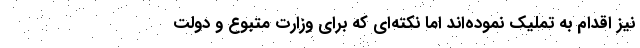
نیز اقدام به تملیک نموده‌اند اما نکته‌ای که برای وزارت متبوع و دولت